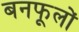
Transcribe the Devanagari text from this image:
बनफूलों